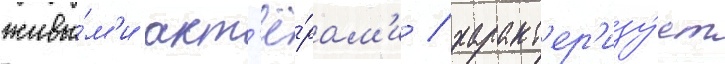
живы́м'и акт'ё́рам'и / характ'ер'изу́ет